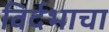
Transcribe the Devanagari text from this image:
विर्दभाचा